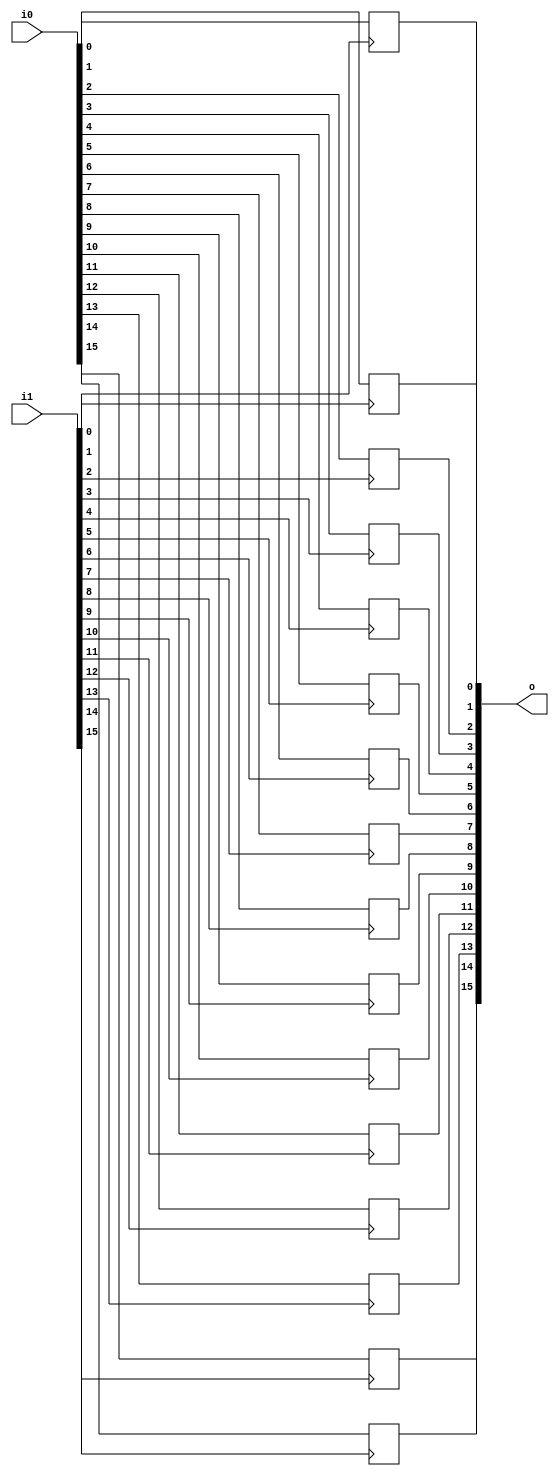
/* Generated by Yosys 0.27+9 (git sha1 101d19bb6, gcc 11.2.0-7ubuntu2 -fPIC -Os) */

(* top =  1  *)

module bsg_dff_gatestack(i0, i1, o);
  
  input [15:0] i0;
  wire [15:0] i0;
  
  input [15:0] i1;
  wire [15:0] i1;
  
  output [15:0] o;
  reg [15:0] o;
  (* \always_ff  = 32'd1 *)
  
  always @(posedge i1[15])
    o[15] <= i0[15];
  (* \always_ff  = 32'd1 *)
  
  always @(posedge i1[14])
    o[14] <= i0[14];
  (* \always_ff  = 32'd1 *)
  
  always @(posedge i1[13])
    o[13] <= i0[13];
  (* \always_ff  = 32'd1 *)
  
  always @(posedge i1[12])
    o[12] <= i0[12];
  (* \always_ff  = 32'd1 *)
  
  always @(posedge i1[11])
    o[11] <= i0[11];
  (* \always_ff  = 32'd1 *)
  
  always @(posedge i1[10])
    o[10] <= i0[10];
  (* \always_ff  = 32'd1 *)
  
  always @(posedge i1[9])
    o[9] <= i0[9];
  (* \always_ff  = 32'd1 *)
  
  always @(posedge i1[8])
    o[8] <= i0[8];
  (* \always_ff  = 32'd1 *)
  
  always @(posedge i1[7])
    o[7] <= i0[7];
  (* \always_ff  = 32'd1 *)
  
  always @(posedge i1[6])
    o[6] <= i0[6];
  (* \always_ff  = 32'd1 *)
  
  always @(posedge i1[5])
    o[5] <= i0[5];
  (* \always_ff  = 32'd1 *)
  
  always @(posedge i1[4])
    o[4] <= i0[4];
  (* \always_ff  = 32'd1 *)
  
  always @(posedge i1[3])
    o[3] <= i0[3];
  (* \always_ff  = 32'd1 *)
  
  always @(posedge i1[2])
    o[2] <= i0[2];
  (* \always_ff  = 32'd1 *)
  
  always @(posedge i1[1])
    o[1] <= i0[1];
  (* \always_ff  = 32'd1 *)
  
  always @(posedge i1[0])
    o[0] <= i0[0];
endmodule